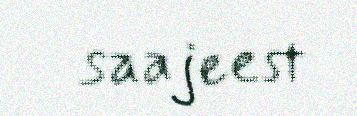
saajeest